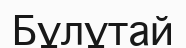
Бұлұтай